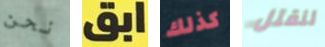
نحن ابق كذلك لنقتل